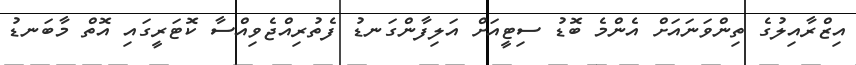
އިޒްރާއިލުގެ ތިންވަނައަށް އެންމެ ބޮޑު ސިޓީއަށް އަލިފާންގަނޑު ފެތުރިއްޖެވިއްސާ ކޮޓަރީގައި އޮތް މާބަނޑު